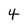
Character: 4